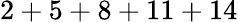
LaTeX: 2+5+8+11+14